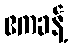
ဧကခန့်